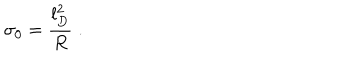
LaTeX: \sigma _ { 0 } = \frac { l _ { D } ^ { 2 } } { R } \; .